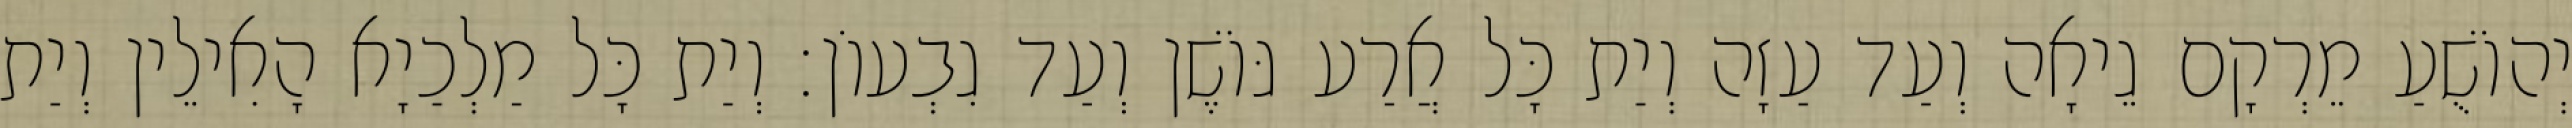
יְהוֹשֻׁעַ מֵרְקָם גֵיאָה וְעַד עַזָה וְיַת כָּל אֲרַע גּוֹשֶׁן וְעַד גִבְעוֹן׃ וְיַת כָּל מַלְכַיָא הָאִילֵין וְיַת